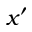
x ^ { \prime }